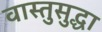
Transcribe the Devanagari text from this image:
वास्तुसुद्धा